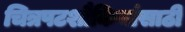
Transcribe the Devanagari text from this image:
चित्रपटशौकिनांसाठी